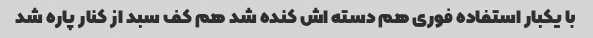
با یکبار استفاده فوری هم دسته اش کنده شد هم کف سبد از کنار پاره شد